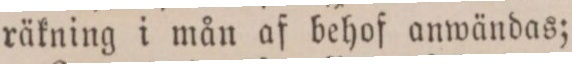
räkning i mån af behof anwändas;